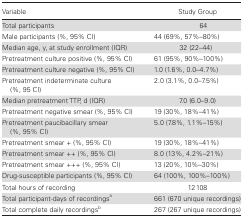
<table><thead><tr><td><b>Variable</b></td><td><b>Study Group</b></td></tr></thead><tbody><tr><td>Total participants</td><td>64</td></tr><tr><td>Male participants (%, 95% CI)</td><td>44 (69%, 57%–80%)</td></tr><tr><td>Median age, y, at study enrollment (IQR)</td><td>32 (22–44)</td></tr><tr><td>Pretreatment culture positive (%, 95% CI)</td><td>61 (95%, 90%–100%)</td></tr><tr><td>Pretreatment culture negative (%, 95% CI)</td><td>1.0 (1.6%, 0.0–4.7%)</td></tr><tr><td>Pretreatment indeterminate culture (%, 95 CI)</td><td>2.0 (3.1%, 0.0–7.5%)</td></tr><tr><td>Median pretreatment TTP, d (IQR)</td><td>7.0 (6.0–9.0)</td></tr><tr><td>Pretreatment negative smear (%, 95% CI)</td><td>19 (30%, 18%–41%)</td></tr><tr><td>Pretreatment paucibacillary smear (%, 95% CI)</td><td>5.0 (7.8%, 1.1%–15%)</td></tr><tr><td>Pretreatment smear + (%, 95% CI)</td><td>19 (30%, 18%–41%)</td></tr><tr><td>Pretreatment smear ++ (%, 95% CI)</td><td>8.0 (13%, 4.2%–21%)</td></tr><tr><td>Pretreatment smear +++ (%, 95% CI)</td><td>13 (20%, 10%–30%)</td></tr><tr><td>Drug-susceptible participants (%, 95% CI)</td><td>64 (100%, 100%–100%)</td></tr><tr><td>Total hours of recording</td><td>12108</td></tr><tr><td>Total participant-days of recordings<sup>a</sup></td><td>661 (670 unique recordings)</td></tr><tr><td>Total complete daily recordings<sup>b</sup></td><td>267 (267 unique recordings)</td></tr></tbody></table>